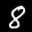
Label: 8